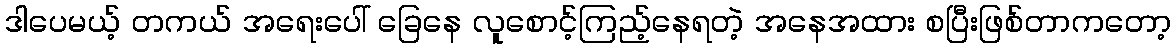
ဒါပေမယ့် တကယ် အရေးပေါ် ခြေနေ လူစောင့်ကြည့်နေရတဲ့ အနေအထား စပြီးဖြစ်တာကတော့